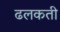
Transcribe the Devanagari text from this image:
ढलकती